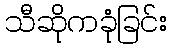
သီဆိုကခုံခြင်း